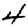
Digit: 4